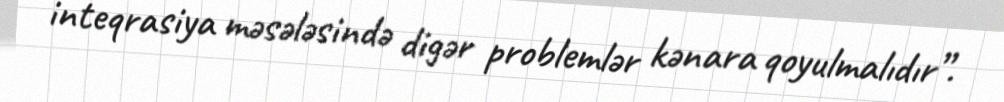
inteqrasiya məsələsində digər problemlər kənara qoyulmalıdır”.